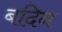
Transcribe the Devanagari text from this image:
बदिन